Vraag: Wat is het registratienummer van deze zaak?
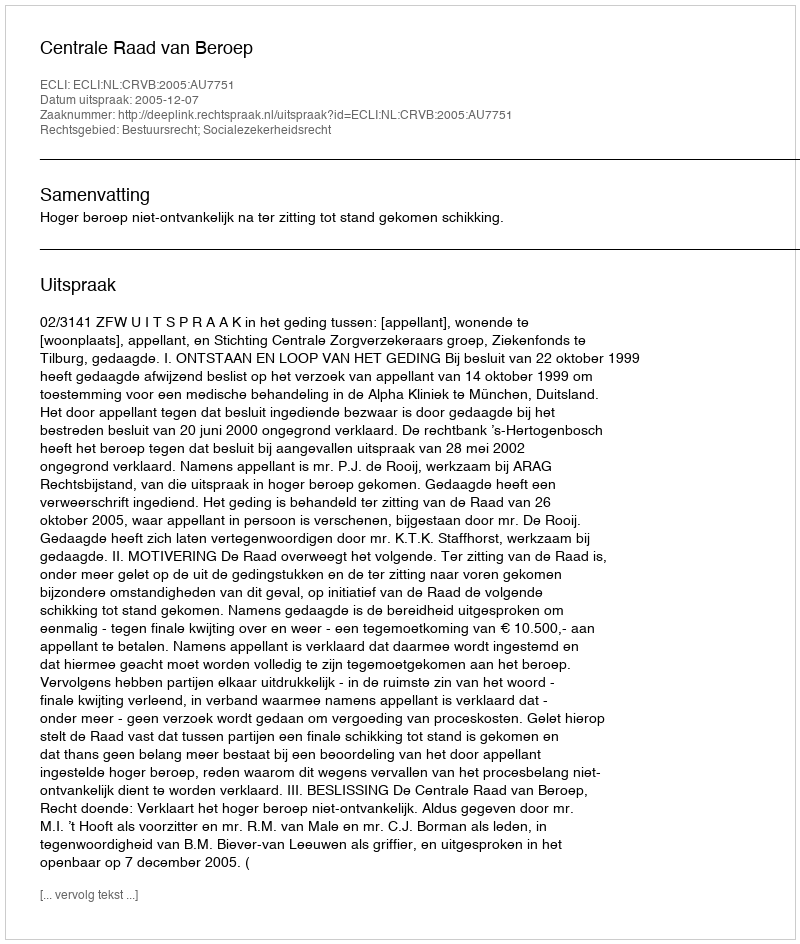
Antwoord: http://deeplink.rechtspraak.nl/uitspraak?id=ECLI:NL:CRVB:2005:AU7751